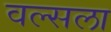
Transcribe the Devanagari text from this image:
वल्‍सला